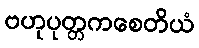
ဗဟုပုတ္တကစေတိယံ